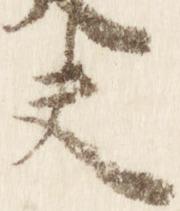
夫